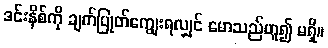
ဒင်းနိစ်ကို ချက်ပြုတ်ကျွေးရလျှင် မောသည်ဟူ၍ မရှိ။